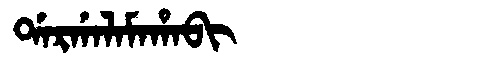
Manchu: ᡩᠠᡵᡤᠠᠯᠠᠮᠠᡥᠠᠪᡳ
Romanization: DARGALAMAHABI